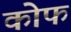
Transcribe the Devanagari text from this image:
कोफ